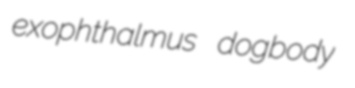
exophthalmus dogbody